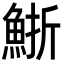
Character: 䱑